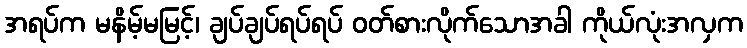
အရပ်က မနိမ့်မမြင့်၊ ချပ်ချပ်ရပ်ရပ် ဝတ်စားလိုက်သောအခါ ကိုယ်လုံးအလှက